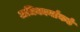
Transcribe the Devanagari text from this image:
अधिकार्याकडे